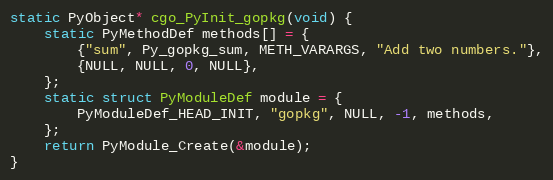
Language: C
static PyObject* cgo_PyInit_gopkg(void) {
	static PyMethodDef methods[] = {
		{"sum", Py_gopkg_sum, METH_VARARGS, "Add two numbers."},
		{NULL, NULL, 0, NULL},
	};
	static struct PyModuleDef module = {
		PyModuleDef_HEAD_INIT, "gopkg", NULL, -1, methods,
	};
	return PyModule_Create(&module);
}